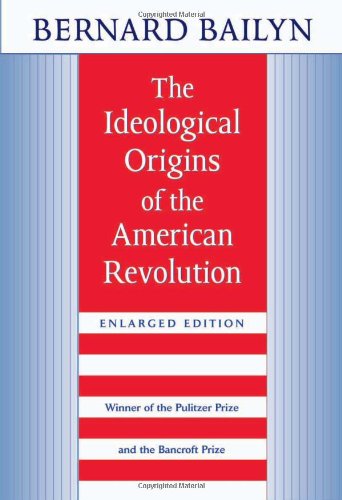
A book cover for The Ideological Origins of the American Revolution; Bernard Bailyn; History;